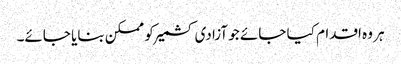
ہر وہ اقدام کیا جائے جو آزادی کشمیر کو ممکن بنایا جائے۔